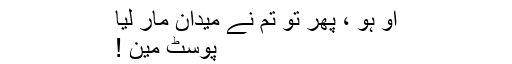
او ہو ، پھر تو تم نے میدان مار لیا
پوسٹ مین !